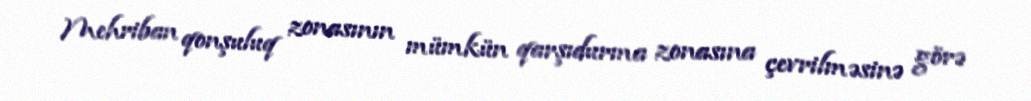
Mehriban qonşuluq zonasının mümkün qarşıdurma zonasına çevrilməsinə görə